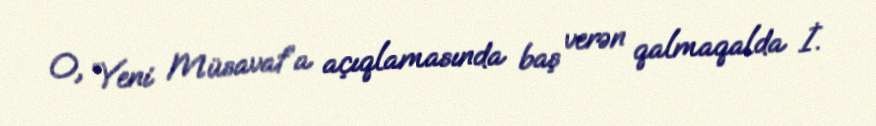
O, “Yeni Müsavat”a açıqlamasında baş verən qalmaqalda İ.